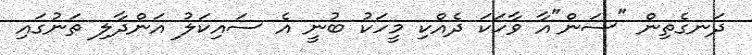
ދަނގެތިން "ސަން"އާ ވާހަކަ ދެއްކި މީހަކު ބުނީ އެ ސައިކަލު އަންދާލި ތަނުގައި